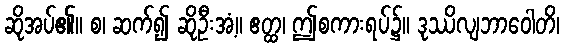
ဆိုအပ်၏။ စ၊ ဆက်၍ ဆိုဦးအံ့။ ဧတ္ထ၊ ဤစကားရပ်၌။ ဒုဿိလျဘာဝေါတိ၊